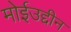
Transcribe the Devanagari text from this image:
मोईउद्दीन